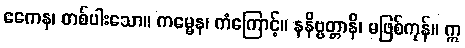
ဧကေန၊ တစ်ပါးသော။ ကမ္မေန၊ ကံကြောင့်။ နနိဗ္ဗတ္တာနိ၊ မဖြစ်ကုန်။ ဣ